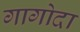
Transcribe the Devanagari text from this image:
गागोदा